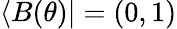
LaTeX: \langle B(\theta)|=(0,1)